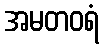
အမတဝရံ